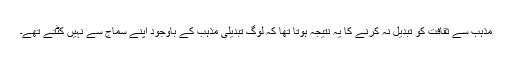
مذہب سے ثقافت کو تبدیل نہ کرنے کا یہ نتیجہ ہوتا تھا کہ لوگ تبدیلیِ مذہب کے باوجود اپنے سماج سے نہیں کٹتے تھے۔